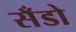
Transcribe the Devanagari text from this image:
सँडो